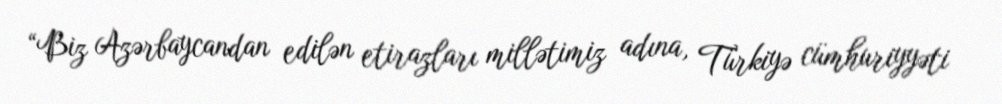
“Biz Azərbaycandan edilən etirazları millətimiz adına, Türkiyə cümhuriyyəti